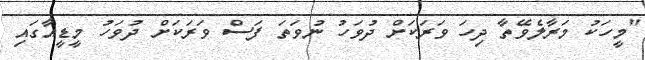
"މީހަކު މަރާލެވޭތާ ދިހަ ވަރަކަށް ދުވަހު ނުވަތަ ފަސް ވަރަކަށް ދުވަހު މީޑީއާގައި